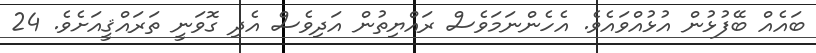
ބައެއް ބޭފުޅުން އުޅުއްވައެވެ. އެހެންނަމަވެސް ރައްޔިތުން އަދިވެސް އެދި ގޮވަނީ ތަރައްޤީއަށެވެ. 24